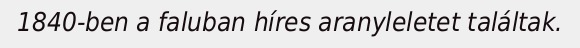
1840-ben a faluban híres aranyleletet találtak.